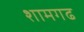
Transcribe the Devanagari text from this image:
शामगढ